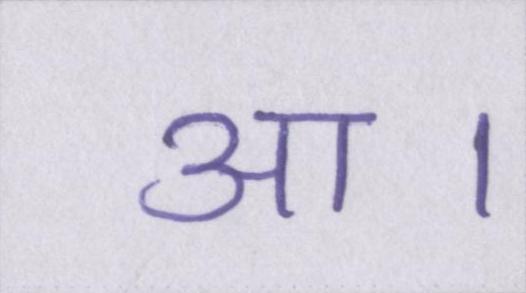
आ।